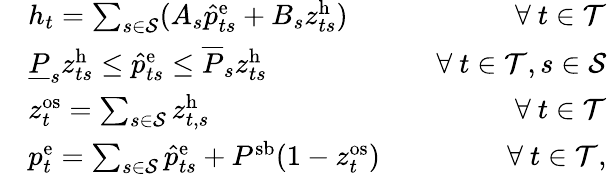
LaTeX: \begin{array}{rlr}&{h_{t}=\sum_{s\in\mathcal{S}}(A_{s}\hat{p}_{ts}^{\mathrm{{e}}}+B_{s}z_{ts}^{\mathrm{h}})}&{\quad\forall~t\in\mathcal{T}}\\ &{\underline{{P}}_{s}z_{ts}^{\mathrm{{h}}}\leq\hat{p}_{ts}^{\mathrm{e}}\leq\overline{{P}}_{s}z_{ts}^{\mathrm{{h}}}}&{\quad\forall~t\in\mathcal{T},s\in\mathcal{S}}\\ &{z_{t}^{\mathrm{os}}=\sum_{s\in\mathcal{S}}z_{t,s}^{\mathrm{{h}}}}&{\quad\forall~t\in\mathcal{T}}\\ &{p_{t}^{\mathrm{e}}=\sum_{s\in\mathcal{S}}\hat{p}_{ts}^{\mathrm{{e}}}+P^{\mathrm{sb}}(1-z_{t}^{\mathrm{{os}}})}&{\forall~t\in\mathcal{T},}\end{array}